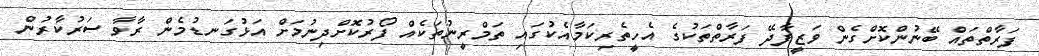
ފަރާތްތައް ބޭނުންކޮށްގެން ވަޒީފާދޭ ފަރާތްތަކުގެ އެހީތެރިކަމާއެކުގައި ތަމްރީނުތަކެއް ފޯރުކޮށްދިނުމަށް އަޅުގަނޑުމެން ރާވާ ސަރުކާރުން